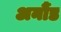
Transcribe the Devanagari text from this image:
अर्नौड